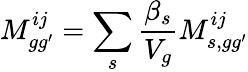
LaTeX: M_{gg^{\prime}}^{ij}=\sum_{s}\frac{\beta_{s}}{V_{g}}M_{s,gg^{\prime}}^{ij}